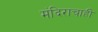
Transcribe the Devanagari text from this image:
मंदिराचाही